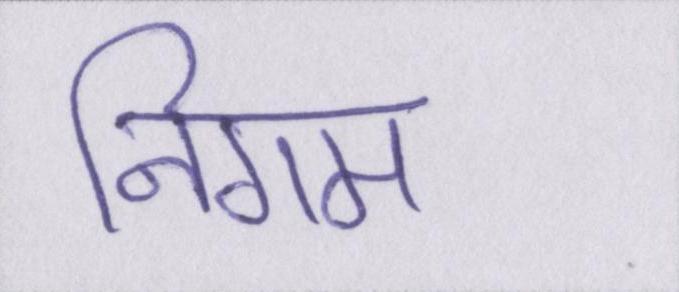
निगम